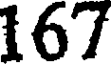
167